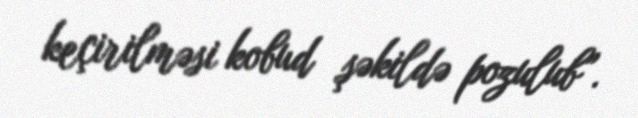
keçirilməsi kobud şəkildə pozulub”.